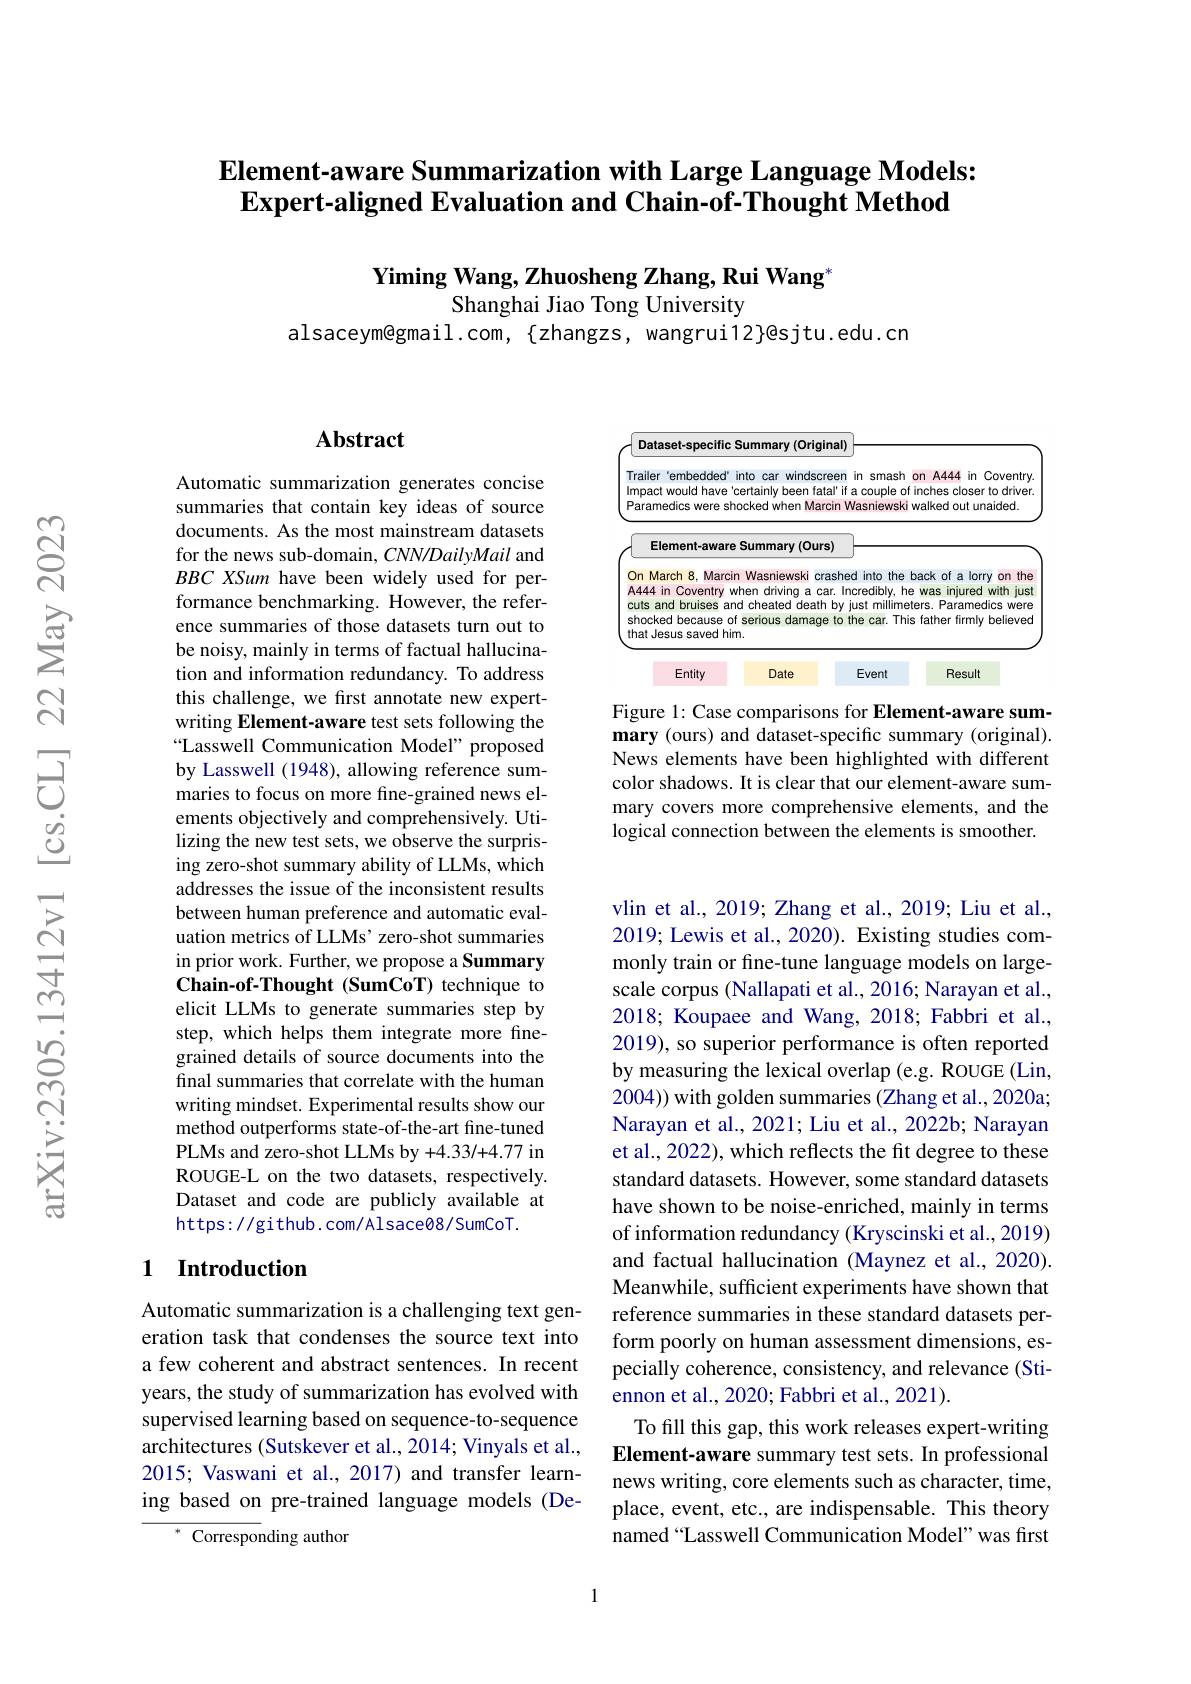
# $\textbf{Element- aware Summarization with Large Language Models: }$ $\textbf{Expert- aligned Evaluation and Chain- of- Thought Method}$

Yiming Wang, Zhuosheng Zhang, Rui Wang*
Shanghai Jiao Tong University
alsaceym@gmail.com, $\{zhangzs,wangrui12\}@sjtu.edu.cn$

## Abstract

Automatic summarization generates concise summaries that contain key ideas of source documents. As the most mainstream datasets for the news sub-domain, CNN/DailyMail and BBC XSum have been widely used for performance benchmarking. However, the reference summaries of those datasets turn out to be noisy, mainly in terms of factual hallucination and information redundancy. To address this challenge, we frst annotate new expertwriting Element-aware test sets following the Lasswell Communication Model" proposed by Lasswell (1948), allowing reference summaries to focus on more fine-grained news elements objectively and comprehensively. Utilizing the new test sets, we observe the surprising zero-shot summary ability of LLMs, which addresses the issue of the inconsistent results between human preference and automatic evaluation metrics of LLMs' zero-shot summaries in prior work. Further, we propose a Summary Chain-of-Thought (SumCoT) technique to elicit LLMs to generate summaries step by step, which helps them integrate more finegrained details of source documents into the final summaries that correlate with the human writing mindset. Experimental results show our method outperforms state-of-the-art fine-tuned PLMs and zero-shot LLMs by +4.33/+4.77 in ROUGE-L on the two datasets, respectively. Dataset and code are publicly available at https: / / gi thub. com/ Al sace 08/ SumCo T.

## 1 Introduction

Automatic summarization is a challenging text generation task that condenses the source text into a few coherent and abstract sentences. In recent years, the study of summarization has evolved with supervised learning based on sequence-to-sequence architectures (Sutskever et al., 2014; Vinyals et al., 2015; Vaswani et al., 2017) and transfer learning based on pre-trained language models (De-
$^*$ Corresponding author

<FigureHere>

Figure 1: Case comparisons for Element-aware summary (ours) and dataset-specific summary (original). News elements have been highlighted with different color shadows. It is clear that our element-aware summary covers more comprehensive elements, and the logical connection between the elements is smoother.

vlin et al., 2019; Zhang et al., 2019; Liu et al., 2019; Lewis et al., 2020). Existing studies commonly train or fine-tune language models on largescale corpus (Nallapati et al., 2016; Narayan et al., 2018; Koupaee and Wang, 2018; Fabbri et al., 2019), so superior performance is often reported by measuring the lexical overlap (e.g. ROUGE (Lin, $\dot{2004}))$ with golden summaries (Zhang et al., 2020a; Narayan et al., 2021; Liu et al., 2022b; Narayan et al., 2022), which reflects the fit degree to these standard datasets. However, some standard datasets have shown to be noise-enriched, mainly in terms of information redundancy (Kryscinski et al., 2019) and factual hallucination (Maynez et al., 2020). Meanwhile, sufficient experiments have shown that reference summaries in these standard datasets perform poorly on human assessment dimensions, especially coherence, consistency, and relevance (Stiennon et al., 2020; Fabbri et al., 2021).
To fill this gap, this work releases expert-writing Element-aware summary test sets. In professional news writing, core elements such as character, time, place, event, etc., are indispensable. This theory named“Lasswell Communication Model”was first